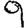
Digit: 9